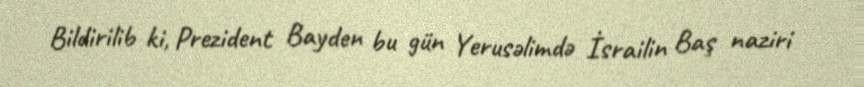
Bildirilib ki, Prezident Bayden bu gün Yerusəlimdə İsrailin Baş naziri